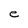
Character: e